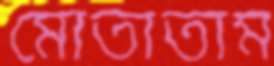
মোতাতাম